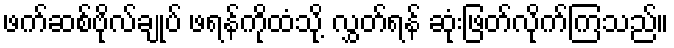
ဖက်ဆစ်ဗိုလ်ချုပ် ဖရန်ကိုထံသို့ လွှတ်ရန် ဆုံးဖြတ်လိုက်ကြသည်။